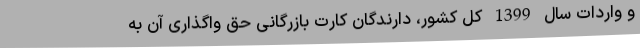
و واردات سال 1399 کل کشور، دارندگان کارت بازرگانی حق واگذاری آن به